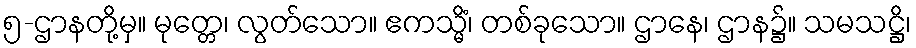
၅-ဌာနတို့မှ။ မုတ္တေ၊ လွတ်သော။ ဧကသ္မိံ၊ တစ်ခုသော။ ဌာနေ၊ ဌာန၌။ သမသဋ္ဌိ၊